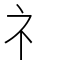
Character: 礻